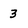
Character: 3